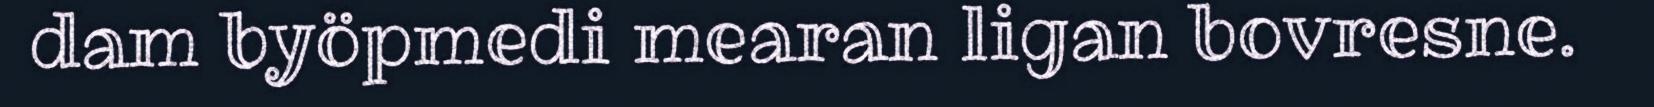
dam byöpmedi mearan ligan bovresne.